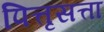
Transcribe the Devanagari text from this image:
पित्तृसत्ता